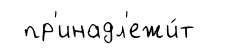
пр'инадл'ежи́т